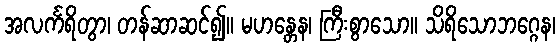
အလင်္ကရိတွာ၊ တန်ဆာဆင်၍။ မဟန္တေန၊ ကြီးစွာသော။ သိရိသောဘဂ္ဂေန၊